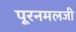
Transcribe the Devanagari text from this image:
पूरनमलजी